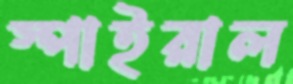
স্পাইরাল